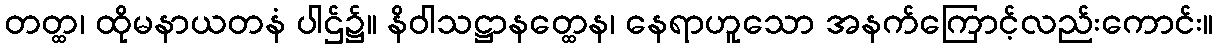
တတ္ထ၊ ထိုမနာယတနံ ပါဌ်၌။ နိဝါသဋ္ဌာနတ္ထေန၊ နေရာဟူသော အနက်ကြောင့်လည်းကောင်း။